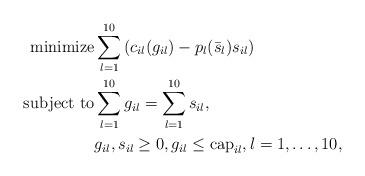
LaTeX: \begin{align*}\mbox{minimize} & \sum_{l =1}^{10} \left( c_{il} (g_{il}) - p_l(\bar s_l)s_{il}\right)\cr\mbox{subject to} & \sum_{l=1}^{10} g_{il} = \sum_{l=1}^{10} s_{il}, \\& g_{il}, s_{il} \geq 0,g_{il} \leq \mathrm{cap}_{il}, l = 1,\hdots, {10}, \end{align*}